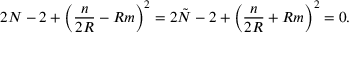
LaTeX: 2 N - 2 + \left( \frac { n } { 2 R } - R m \right) ^ { 2 } = 2 \tilde { N } - 2 + \left( \frac { n } { 2 R } + R m \right) ^ { 2 } = 0 .